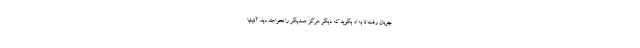
چوپان رفت تا به او بگوید که دیگر هرگز همدیگر را نخواهند دید. آنتیلیا